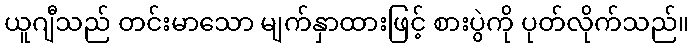
ယူဂျီသည် တင်းမာသော မျက်နှာထားဖြင့် စားပွဲကို ပုတ်လိုက်သည်။